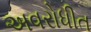
અવરોધીત